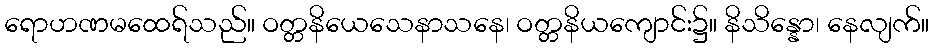
ရောဟဏမထေရ်သည်။ ဝတ္တနိယေသေနာသနေ၊ ဝတ္တနိယကျောင်း၌။ နိသိန္နော၊ နေလျက်။